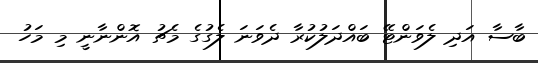
ބާސާ އަދި ލެވަންޓޭ ބައްދަލުކުރާ ދެވަނަ ލެގުގެ މެޗު އޮންނާނީ މި މަހު